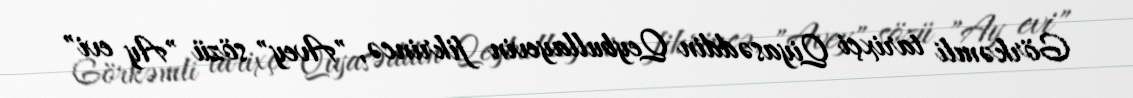
Görkəmli tarixçi Qiyasəddin Qeybullayevin fikrincə, "Avey" sözü "Ay evi"